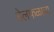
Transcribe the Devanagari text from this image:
बेलफळाचा